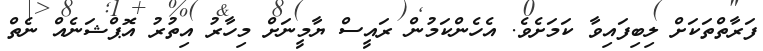
ފަރާތްތަކަށް ލިބިފައިވާ ކަމަށެވެ. އެހެންކަމުން ރައީސް ޔާމީނަށް މިހާރު އިތުރު އޮޕްޝަނެއް ނެތް